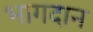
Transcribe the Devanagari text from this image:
भागदान